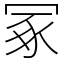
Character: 冢